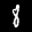
Label: 8